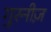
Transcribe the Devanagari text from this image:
गुरनीज़